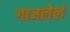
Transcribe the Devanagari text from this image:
गाजलेलं